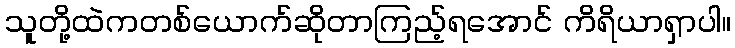
သူတို့ထဲကတစ်ယောက်ဆိုတာကြည့်ရအောင် ကိရိယာရှာပါ။